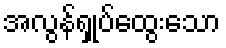
အလွန်ရှုပ်ထွေးသော